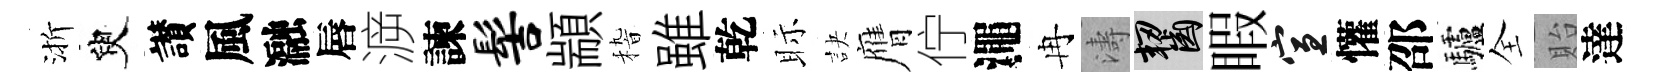
渐臾讃風瀜唇㴑諫髻顓𥟵雖乾眎訣膺佇澠冉濤齧睱宣懽邵驢全貽達